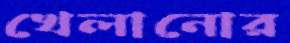
খেলানোর